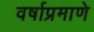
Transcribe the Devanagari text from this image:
वर्षाप्रमाणे